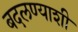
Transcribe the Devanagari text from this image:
बदलण्याशी